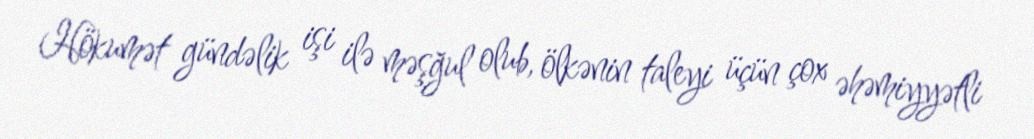
Hökumət gündəlik işi ilə məşğul olub, ölkənin taleyi üçün çox əhəmiyyətli